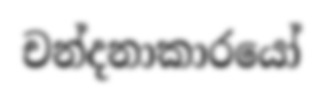
චන්දනාකාරයෝ